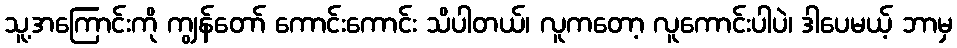
သူ့အကြောင်းကို ကျွန်တော် ကောင်းကောင်း သိပါတယ်၊ လူကတော့ လူကောင်းပါပဲ၊ ဒါပေမယ့် ဘာမှ